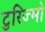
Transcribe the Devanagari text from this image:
टुरिज्मो